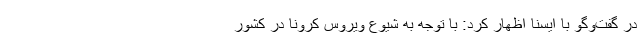
در گفت‌وگو با ایسنا اظهار کرد: با توجه به شیوع ویروس کرونا در کشور